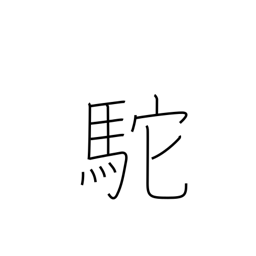
Meaning: hunchback